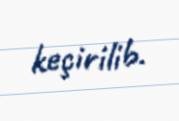
keçirilib.